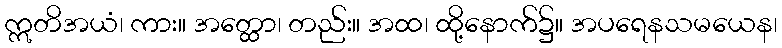
ဣတိအယံ၊ ကား။ အတ္ထော၊ တည်း။ အထ၊ ထို့နောက်၌။ အပရေနသမယေန၊